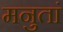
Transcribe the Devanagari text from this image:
मनुतां